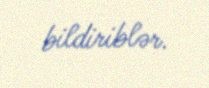
bildiriblər.